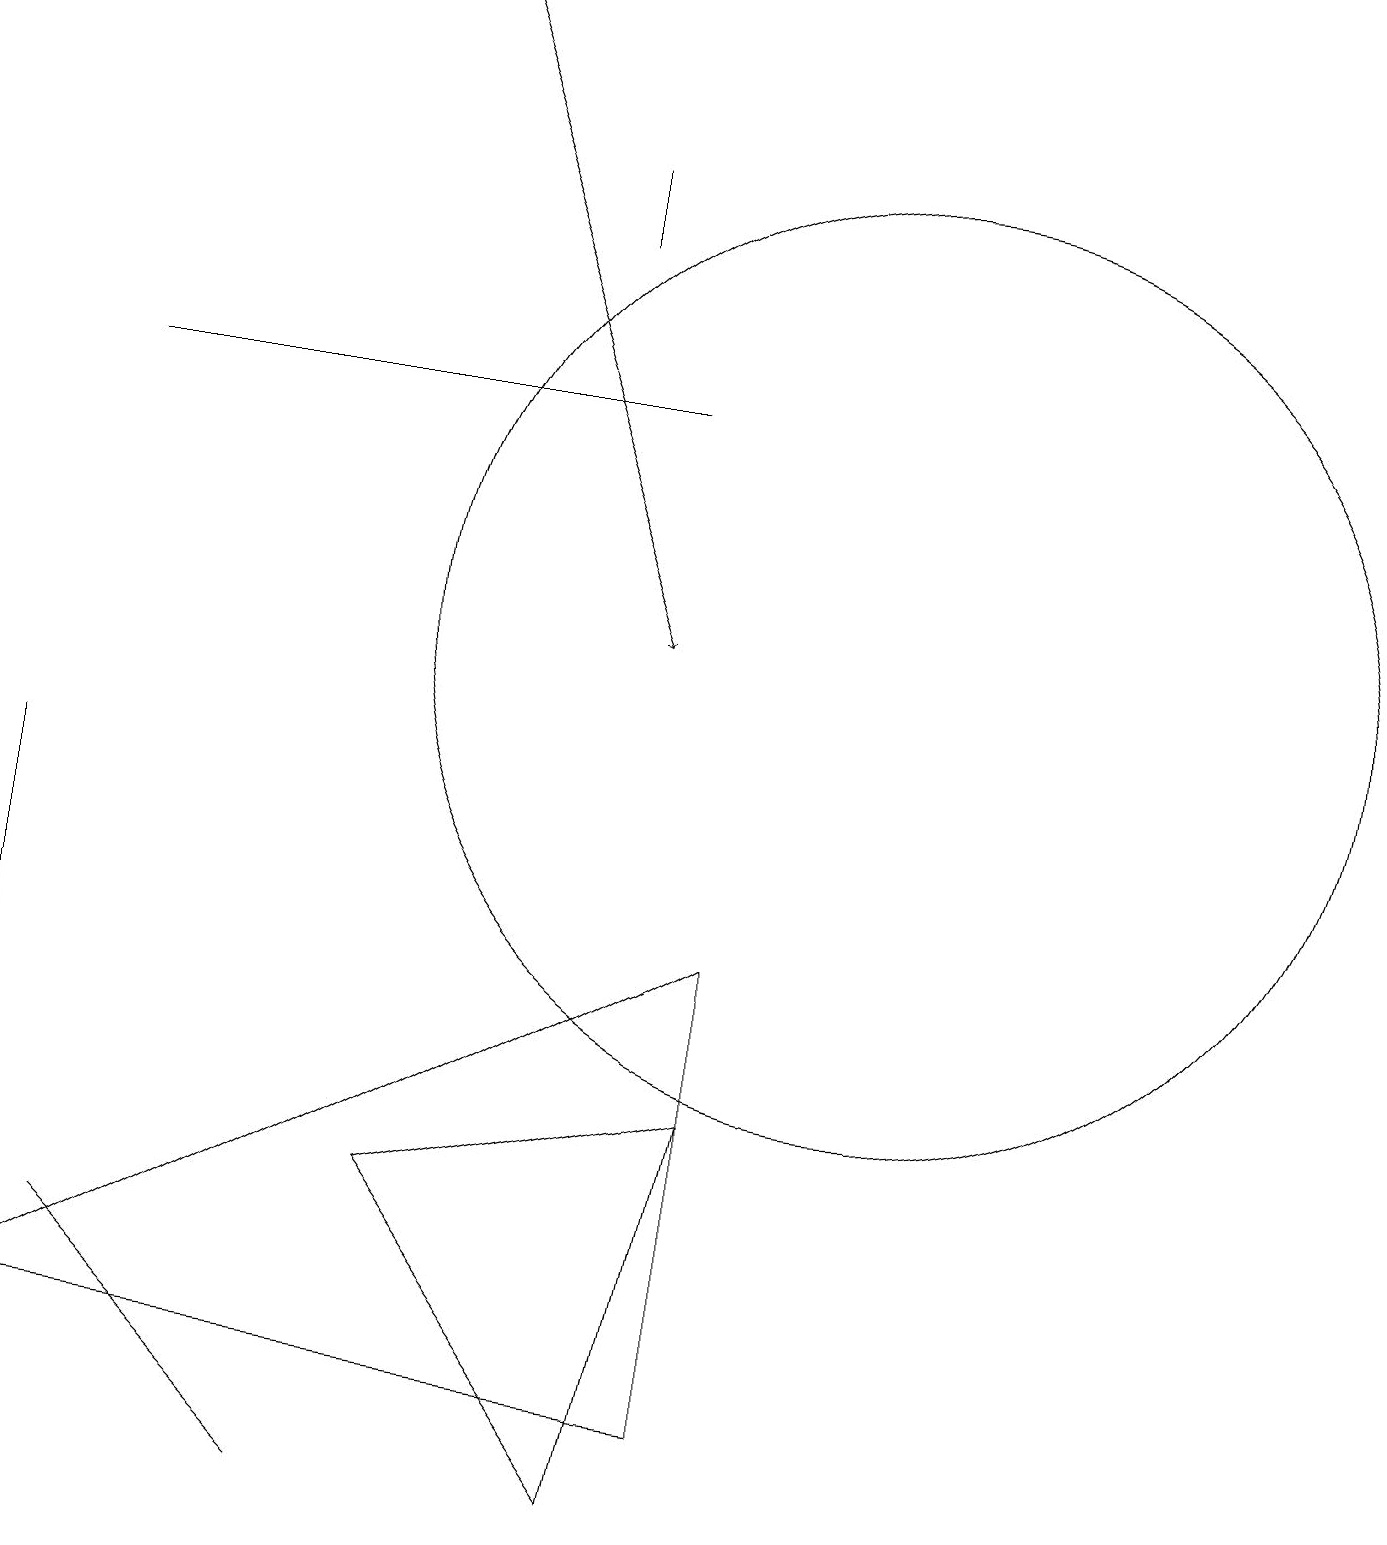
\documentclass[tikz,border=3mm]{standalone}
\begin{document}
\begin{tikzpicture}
\draw (5,4) -- (8,0) -- (9,5) -- cycle;
\draw[->] (5,19) -- (8,11);
\draw (1,14) rectangle (8,14);
\draw (0,9) -- (0,4) -- (0,0) -- cycle;
\draw (1,3) -- (4,0) -- (4,0) -- cycle;
\draw (9,1) -- (0,2) -- (9,7) -- cycle;
\draw (11,11) circle (6);
\draw (7,16) rectangle (7,17);
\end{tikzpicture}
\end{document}